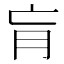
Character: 肓